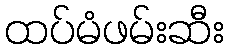
ထပ်မံဖမ်းဆီး